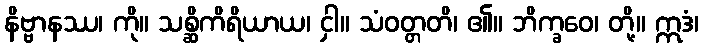
နိဗ္ဗာနဿ၊ ကို။ သစ္ဆိကိရိယာယ၊ ငှါ။ သံဝတ္တတိ၊ ၏။ ဘိက္ခဝေ၊ တို့။ ဣဒံ၊